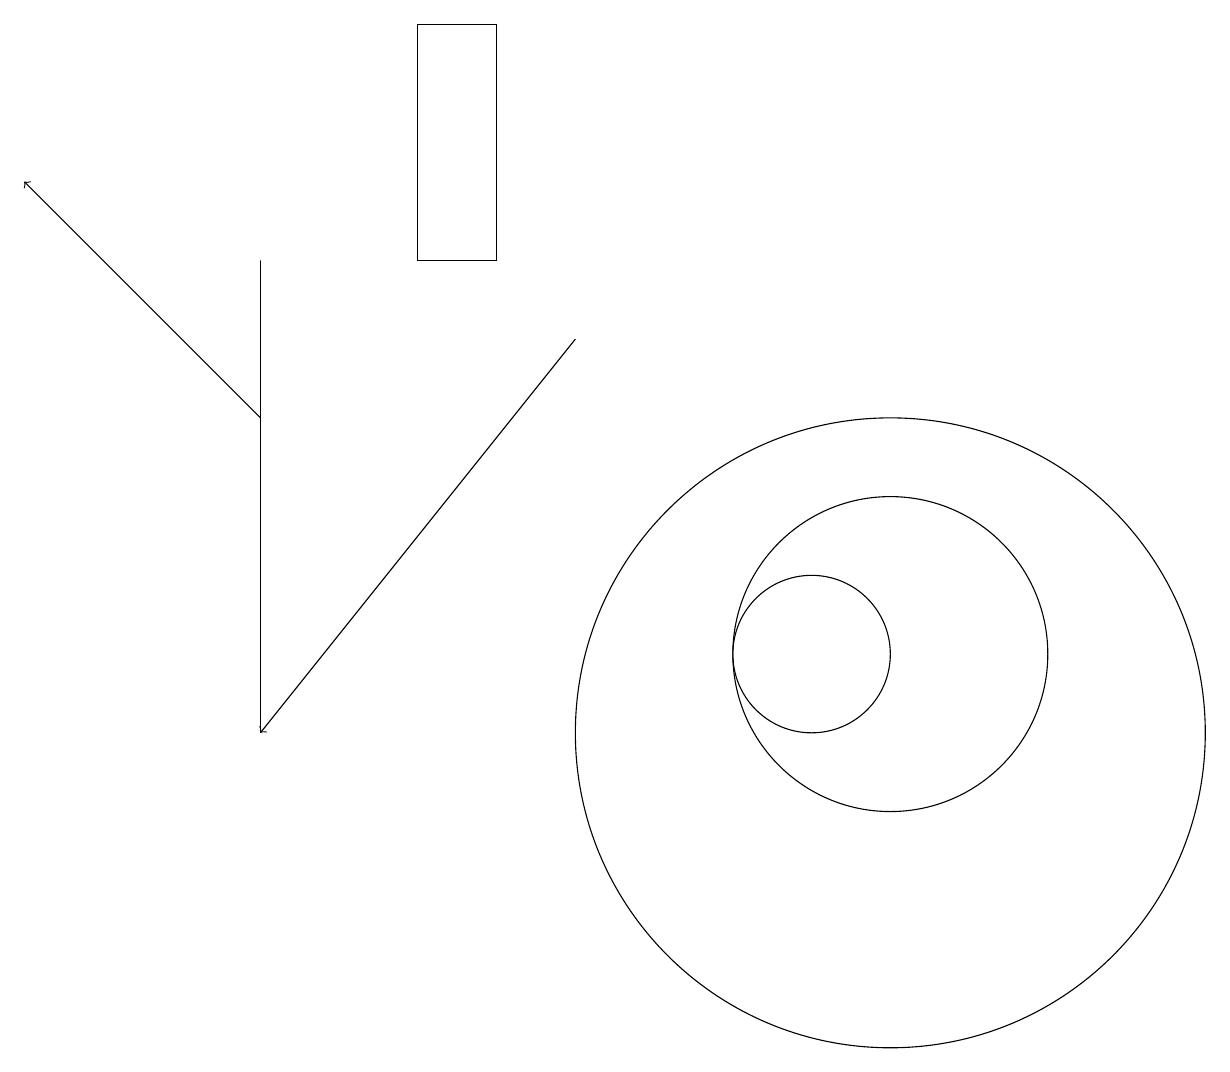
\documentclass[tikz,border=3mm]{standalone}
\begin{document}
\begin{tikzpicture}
\draw (11,10) circle (4);
\draw[->] (3,14) -- (0,17);
\draw (10,11) circle (1);
\draw (11,11) circle (2);
\draw[->] (7,15) -- (3,10);
\draw (6,16) rectangle (5,19);
\draw (3,16) rectangle (3,10);
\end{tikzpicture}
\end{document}